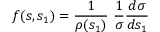
f ( s , s _ { 1 } ) = { \frac { 1 } { \rho ( s _ { 1 } ) } } \ { \frac { 1 } { \sigma } } { \frac { d \sigma } { d s _ { 1 } } }